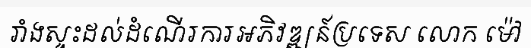
រាំងស្ទះដល់ដំណើរការអភិវឌ្ឍន៍ប្រទេស លោក ម៉ៅ